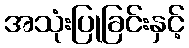
အသုံးပြုခြင်းနှင့်